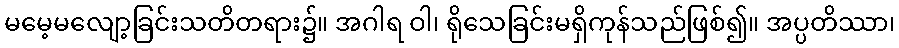
မမေ့မလျော့ခြင်းသတိတရား၌။ အဂါရ ဝါ၊ ရိုသေခြင်းမရှိကုန်သည်ဖြစ်၍။ အပ္ပတိဿာ၊